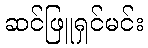
ဆင်ဖြူရှင်မင်း